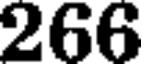
266